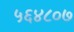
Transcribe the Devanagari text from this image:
५६४८०७